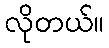
လိုတယ်။